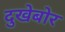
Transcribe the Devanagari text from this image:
दुखेबोर